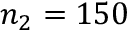
n _ { 2 } = 1 5 0